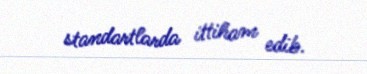
standartlarda ittiham edib.